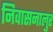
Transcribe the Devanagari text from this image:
निवासनालुर